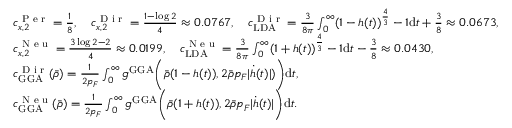
\begin{array} { r l } & { c _ { x , 2 } ^ { \textnormal { P e r } } = \frac { 1 } { 8 } , \quad c _ { x , 2 } ^ { \textnormal { D i r } } = \frac { 1 - \log 2 } { 4 } \approx 0 . 0 7 6 7 , \quad c _ { \mathrm { L D A } } ^ { \textnormal { D i r } } = \frac { 3 } { 8 \pi } \int _ { 0 } ^ { \infty } ( 1 - h ( t ) ) ^ { \frac { 4 } { 3 } } - 1 \mathrm { d } t + \frac { 3 } { 8 } \approx 0 . 0 6 7 3 , } \\ & { c _ { x , 2 } ^ { \textnormal { N e u } } = \frac { 3 \log 2 - 2 } { 4 } \approx 0 . 0 1 9 9 , \quad c _ { \mathrm { L D A } } ^ { \textnormal { N e u } } = \frac { 3 } { 8 \pi } \int _ { 0 } ^ { \infty } ( 1 + h ( t ) ) ^ { \frac { 4 } { 3 } } - 1 \mathrm { d } t - \frac { 3 } { 8 } \approx 0 . 0 4 3 0 , } \\ & { c _ { \mathrm { G G A } } ^ { \textnormal { D i r } } ( \bar { \rho } ) = \frac { 1 } { 2 p _ { F } } \int _ { 0 } ^ { \infty } g ^ { \mathrm { G G A } } \biggr ( \bar { \rho } ( 1 - h ( t ) ) , 2 \bar { \rho } p _ { F } | \dot { h } ( t ) | ) \biggl ) \mathrm { d } t , } \\ & { c _ { \mathrm { G G A } } ^ { \textnormal { N e u } } ( \bar { \rho } ) = \frac { 1 } { 2 p _ { F } } \int _ { 0 } ^ { \infty } g ^ { \mathrm { G G A } } \biggr ( \bar { \rho } ( 1 + h ( t ) ) , 2 \bar { \rho } p _ { F } | \dot { h } ( t ) | \biggl ) \mathrm { d } t . } \end{array}